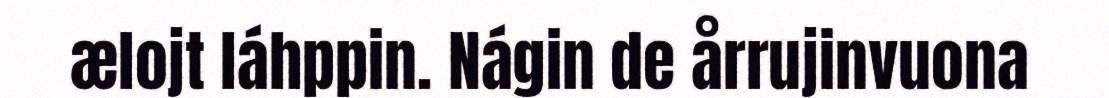
ælojt láhppin. Nágin de årrujinvuona